King Institute of Preventive Medicine Micro-Biological Section reports 1909-11
Year: 1909
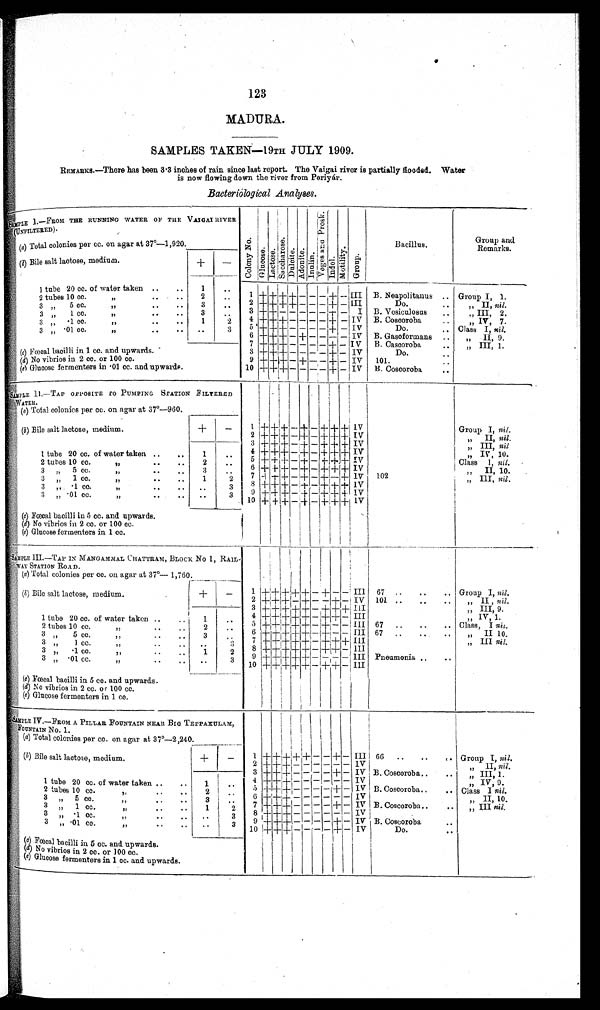
123
MADURA.
SAMPLES TAKEN—19TH JULY 1909.
REMARKS.—There has been 3.3 inches of rain since last report. The Vaigai river is partially flooded. Water
is now flowing down the river from Periyár.
Bacteriólogical Analyses.
SAMPLE 1—FROM THE RUNNING WATER OF THE VAIGAI RIVER
(UNFILTERED)
C o l o n y N o . G l u c o s e .
L a c t o s e .
S a c c h a r o s e .
D u l c i t e . A d o n i t e .
I n u l i n .
V o g e s a n d P r o s k . I n d o l .
M o t i l i t y . G r o u p .
Bacillus.
Group and
Remarks.
(a ) Total colonies per cc. on agar at 37°—1,920.
( b) Bile salt lactose, medium.
+ -
1 tube 20 cc. of water taken .. .. 1 . . 1 + + + + - - - + - I I I B. Neapolitanus .. Group I, 1.
2 tubes 10 cc.
" . .
. . 2 . . 2 + + + + - - - + - I I I
Do.
.. " II, nil.
3 " 5 cc.
" . .
. . 3 . . 3 + +- - - - - + - I B. Vesiculosus .. " III, 2.
3 " 1 cc.
" . .
. .
3 .. 4 + + + - - - - + - IV B. Coscoroba .. " IV, 7.
3 " .1 cc. "
. .
. .
1 2 5 + + + - - - - + - I V
Do.
. .
Class I, nil.
3 " .01 cc.
" . .
. . ..
3 6 + + + - + - - - IV B. Gasoformans .. " II, 9.
7 + + + - - - - + - IV B. Cascoroba
. . " III, 1.
(c) Fœcal bacilli in 1 cc. and upwards.
8 + + + - - - - + - IV
Do.
..
( d ) N o v i b r i o s i n 2 c c . o r 1 0 0 c c .
9 + +
+ — + - - + - IV 101.
..
(e ) Glucose fermenters in .01 cc. and upwards.
10 + + + - - - - + -
IV B. Coscoroba ..
SAMPLE 11.—TAP OPPOSITE TO PUMPING STATION FILTERED
WATER. (a ) Total colonies per cc. on agar at 37°—960.
+
- 1 + + + - + — + + + IV
Group I, nil.
( b) Bile salt lactose, medium.
2 + ++ - + - +++ IV
" II, nil.
3 + ++ -
++ - +++ IV
" III, nil
1 tube 20 cc. of water taken .. . 1 . . 4 + ++ - +
— + + + IV
" IV, 10.
2 tubes 10 cc.
" . .
. . 2 ..
5 + ++ - + - +++ IV
Class
I ,
nil.
3 "
5 c c . "
. .
. . 3
. . 6 + ++ - + - +++ IV
" II, 10.
3
"1 cc.
" . .
. . 1 2 7 + ++ - + - +-+ IV 102
" " III, nil.
3
" . 1 c c .
" . .
. .
. . 3 8 + + + - + - ++ + I V
3
" . 0 1 c c .
" . .
. . . . 3 9 + + + - + - ++ + IV
10 + + + - + - + + + I V
(c) Fœcal bacilli in 5 cc. and upwards.
(d) No vibrios in 2 cc. or 100 cc.
( e ) Glucose fermenters in 1 cc.
S A M P L E I I I . — T A P I N M A N G A M M A L C H A T T R A M , B L O C K N o 1 , R A I L -
WAY STATION ROAD.
(a) Total colonies per cc. on agar at 37°—1,760.
1 + + + + + - + - - III 67 .. .. .. Group I, nil.
(b) Bile salt lactose, medium.
+ -
2 + + + - + - - + - IV 101 .. .. .. " II, nil.
3 + + + + + - + + + III
" III, 9.
4 + + + + + - + + - III
" IV, 1.
1 tube 20 cc. of water taken .. .. 1 .. 5 + + + + + - + - - III 67 .. .. .. Class, I nil.
2 tubes 10 cc.
" . .
. . 2 .. 6 + + + + + - + - - III 67 ..
..
"
II 10.
3 " 5 cc.
" . .
. . 3 . . 7 + + + + + - + + + III
" III nil.
3 " 1 cc.
" . .
. . . .
3 8 + + + + + - + + - III
3 " .1 cc.
" . .
. . 1
2 9 + +
+ + + - - - - III Pneumonia.. ..
3 " .01 cc.
" . .
. . . .
3 10 + + + + + - + + - III
( c) Fœcal bacilli in 5 cc. and upwards.
(d ) No vibrios in 2 cc. or 100 cc.
(e) Glucose fermenters in 1 cc.
SAMPLE IV.—FROM A PILLAR FOUNTAIN NEAR BIG TEPPAKULAM,
FOUNTAIN No. 1.
(a ) Total colonies per cc. on agar at 37°—2,240.
( b) Bile salt lactose, medium.
+ - 1 + + + + + - - + - III 66 .. ..
. . Group I, nil.
2 + + + - - - - - - IV
" I I , n i l .
3 + + + - - - - + - IV B. Coscoroba.. . .
" III, 1.
1 tube 20 cc.of water taken
..
. .
1
. . 4 + + + - - - - - - IV
" I V , 9 .
2 tubes 10 cc.
" . . . . 2
.. 5 + + + - - - - + - IV B. Coscoroba.. .. Class I nil.
3 " 5 cc.
" . .
. . 3 .. 6 + + + - - - - - - IV
" II, 10.
3 " 1 cc.
"
. . . .
1 2
7 + + + - - - - + - IV B. Coscoroba.. .. " III nil.
3 "
. 1 c c .
" .. . . . . 3 8 + + + - - - - - - IV
3 "
. 0 1 c c .
" . .
. . . . 3
9 + + + - - - - + - IV B. Coscoroba
. .
10 + + + - - - - + - I V Do.
. .
( c) Fœcal bacilli in 5 cc. and upwards.
(d ) No vibrios in 2 cc. or 100 cc.
( e) Glucose fermenters in 1 cc. and upwards.